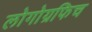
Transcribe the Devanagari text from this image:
लोगोग्रफिच